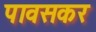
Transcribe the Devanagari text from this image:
पावसकर